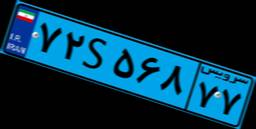
۷۲S۵۶۸۷۷